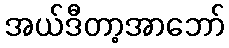
အယ်ဒီတာ့အာဘော်